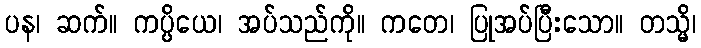
ပန၊ ဆက်။ ကပ္ပိယေ၊ အပ်သည်ကို။ ကတေ၊ ပြုအပ်ပြီးသော။ တသ္မိ၊